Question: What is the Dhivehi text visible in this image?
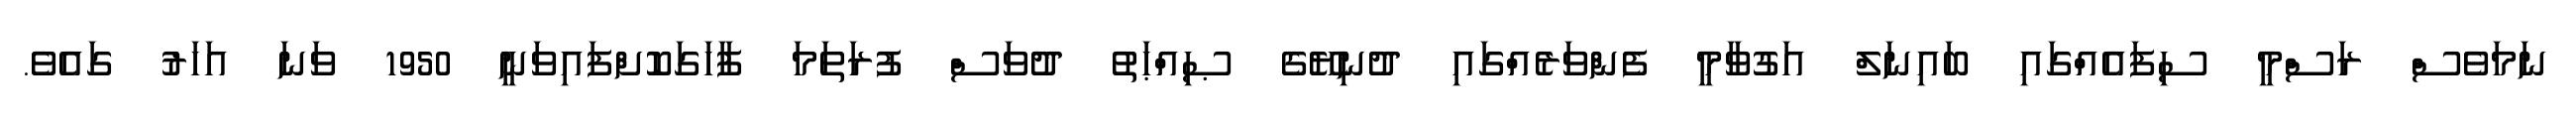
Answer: ނަމަވެސް ރަސްމީ ސިފައެއްގައި ބައިނަލް އަގުވާމީ ފެންވަރެއްގައި ދުނިޔޭގެ ޞިއްޙަތު ދުވަސް ފުރަތަމަ ފާހަގަކޮށްފައިވަނީ 1950 ވަނަ އަހަރު ގައެވެ.